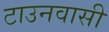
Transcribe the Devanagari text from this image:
टाउनवासी